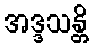
အဒ္ဒသန္တိ